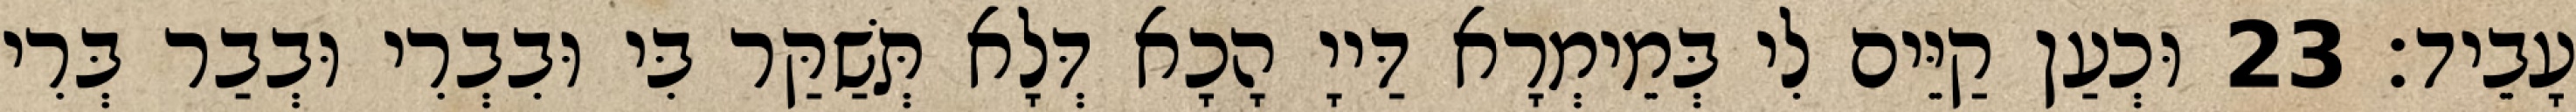
עָבֵיד׃ 23 וּכְעַן קַיֵּים לִי בְּמֵימְרָא דַּייָ הָכָא דְּלָא תְּשַׁקַּר בִּי וּבִבְרִי וּבְבַר בְּרִי